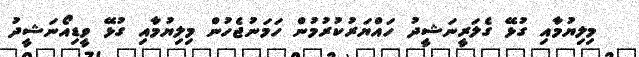
މިލިޔުމާއި ގުޅޭ ގެލަރީނަޝީދު ހައްޔަރުކުރުމުން ހަމަނުޖެހުން މިލިޔުމާއި ގުޅޭ ވީޑިއޯނަޝީދު